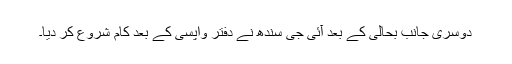
دوسری جانب بحالی کے بعد آئی جی سندھ نے دفتر واپسی کے بعد کام شروع کر دیا۔